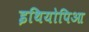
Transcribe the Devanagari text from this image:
इथियोपिआ